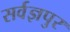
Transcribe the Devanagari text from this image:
सर्वज्ञपुर